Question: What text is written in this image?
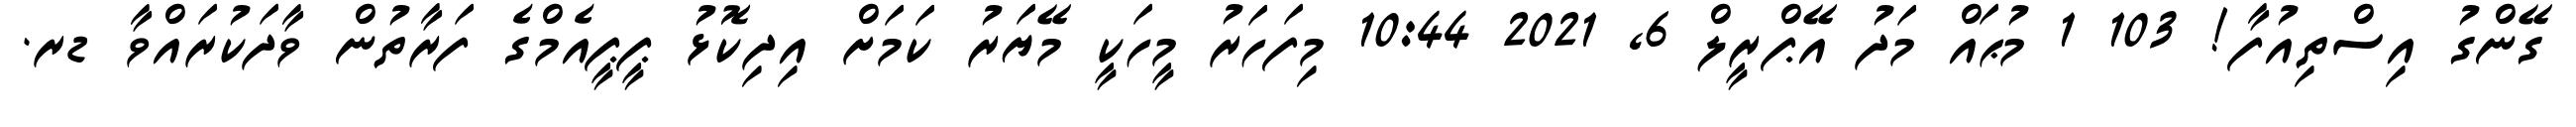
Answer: ގޭންގު އިސްތިއުފާ! 103 1 މުޙައް މަދު އޭޕްރީލް 6, 2021 10:44 މިފަހަރު މީހަކީ މޭޔަރު ކަމަށް އިދިކޮޅު ޕީޕީއެމްގެ ފަރާތުން ވާދަކުރައްވާ ޑރ.